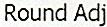
ROUND ADJ